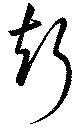
聲